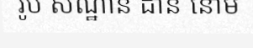
រូប សណ្ឋាន ដាន នោម